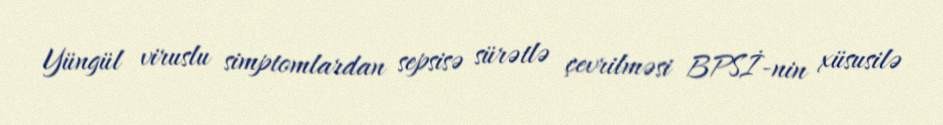
Yüngül viruslu simptomlardan sepsisə sürətlə çevrilməsi BPSİ-nin xüsusilə